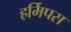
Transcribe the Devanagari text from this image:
हर्मिपस